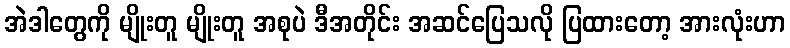
အဲဒါတွေကို မျိုးတူ မျိုးတူ အစုပဲ ဒီအတိုင်း အဆင်ပြေသလို ပြထားတော့ အားလုံးဟာ